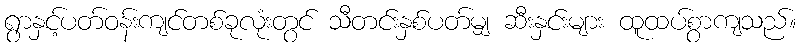
ရွာနှင့်ပတ်ဝန်းကျင်တစ်ခုလုံးတွင် သီတင်းနှစ်ပတ်မျှ ဆီးနှင်းများ ထူထပ်စွာကျသည်။